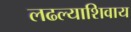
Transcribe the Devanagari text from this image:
लढल्याशिवाय